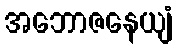
အဘောဇနေယျံ